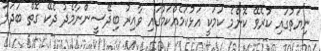
ނިޔަތުގައި ކުރެވޭ ކޮންމެ ކަމަކީ އަޅުކަމެއްކަމުގައި ވާއިރު ބިދޭސީންނާމެދު ދެކޭ ގޮތް ބަދަލު